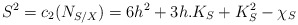
\begin{align*} S^2=c_2(N_{S/X})=6h^2+3h.K_S+K_S^2-\chi_S \end{align*}